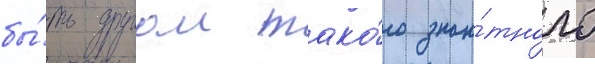
бы́ть другом тако́го зна́тного